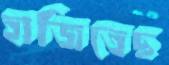
হাজিতেছ